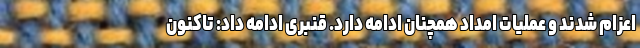
اعزام شدند و عملیات امداد همچنان ادامه دارد. قنبری ادامه داد: تاکنون